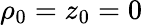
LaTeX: \rho_{0}=z_{0}=0